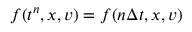
f ( t ^ { n } , x , v ) = f ( n \Delta t , x , v )